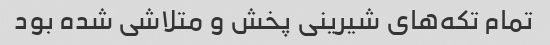
تمام تکه‌های شیرینی پخش و متلاشی شده بود